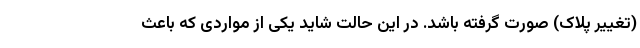
(تغییر پلاک) صورت گرفته باشد. در این حالت شاید یکی از مواردی که باعث